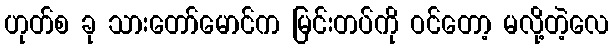
ဟုတ်စ ခု သားတော်မောင်က မြင်းတပ်ကို ဝင်တော့ မလို့တဲ့လေ